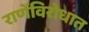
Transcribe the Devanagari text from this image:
राणेंविरोधात